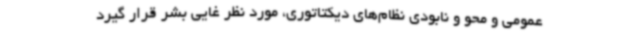
عمومی و محو و نابودی نظام‌های دیکتاتوری، مورد نظر غایی بشر قرار گیرد